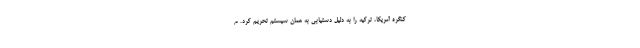
کنگره آمریکا، ترکیه را به دلیل دستیابی به همان سیستم تحریم کرد. م